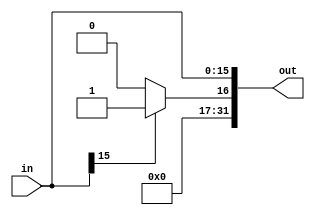
module signext(in,out);
	input [15:0]in;
	output [31:0]out;
	
	assign out = {in[15] == 0 ? 16'b0 : 16'b1, in};
endmodule